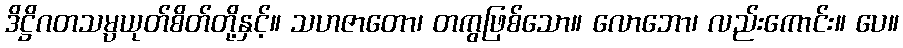
ဒိဋ္ဌိဂတသမ္ပယုတ်စိတ်တို့နှင့်။ သဟဇာတော၊ တကွဖြစ်သော။ လောဘော၊ လည်းကောင်း။ ပေ။